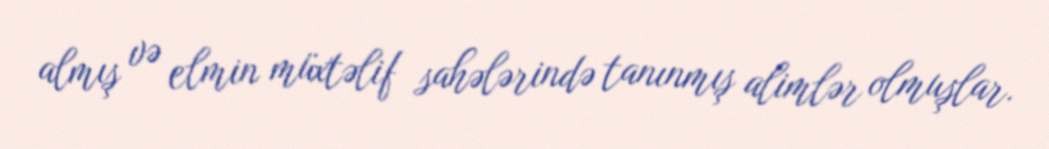
almış və elmin müxtəlif sahələrində tanınmış alimlər olmuşlar.